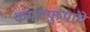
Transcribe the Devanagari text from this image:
कमलपुष्पांचे